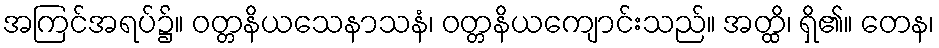
အကြင်အရပ်၌။ ဝတ္တနိယသေနာသနံ၊ ဝတ္တနိယကျောင်းသည်။ အတ္ထိ၊ ရှိ၏။ တေန၊